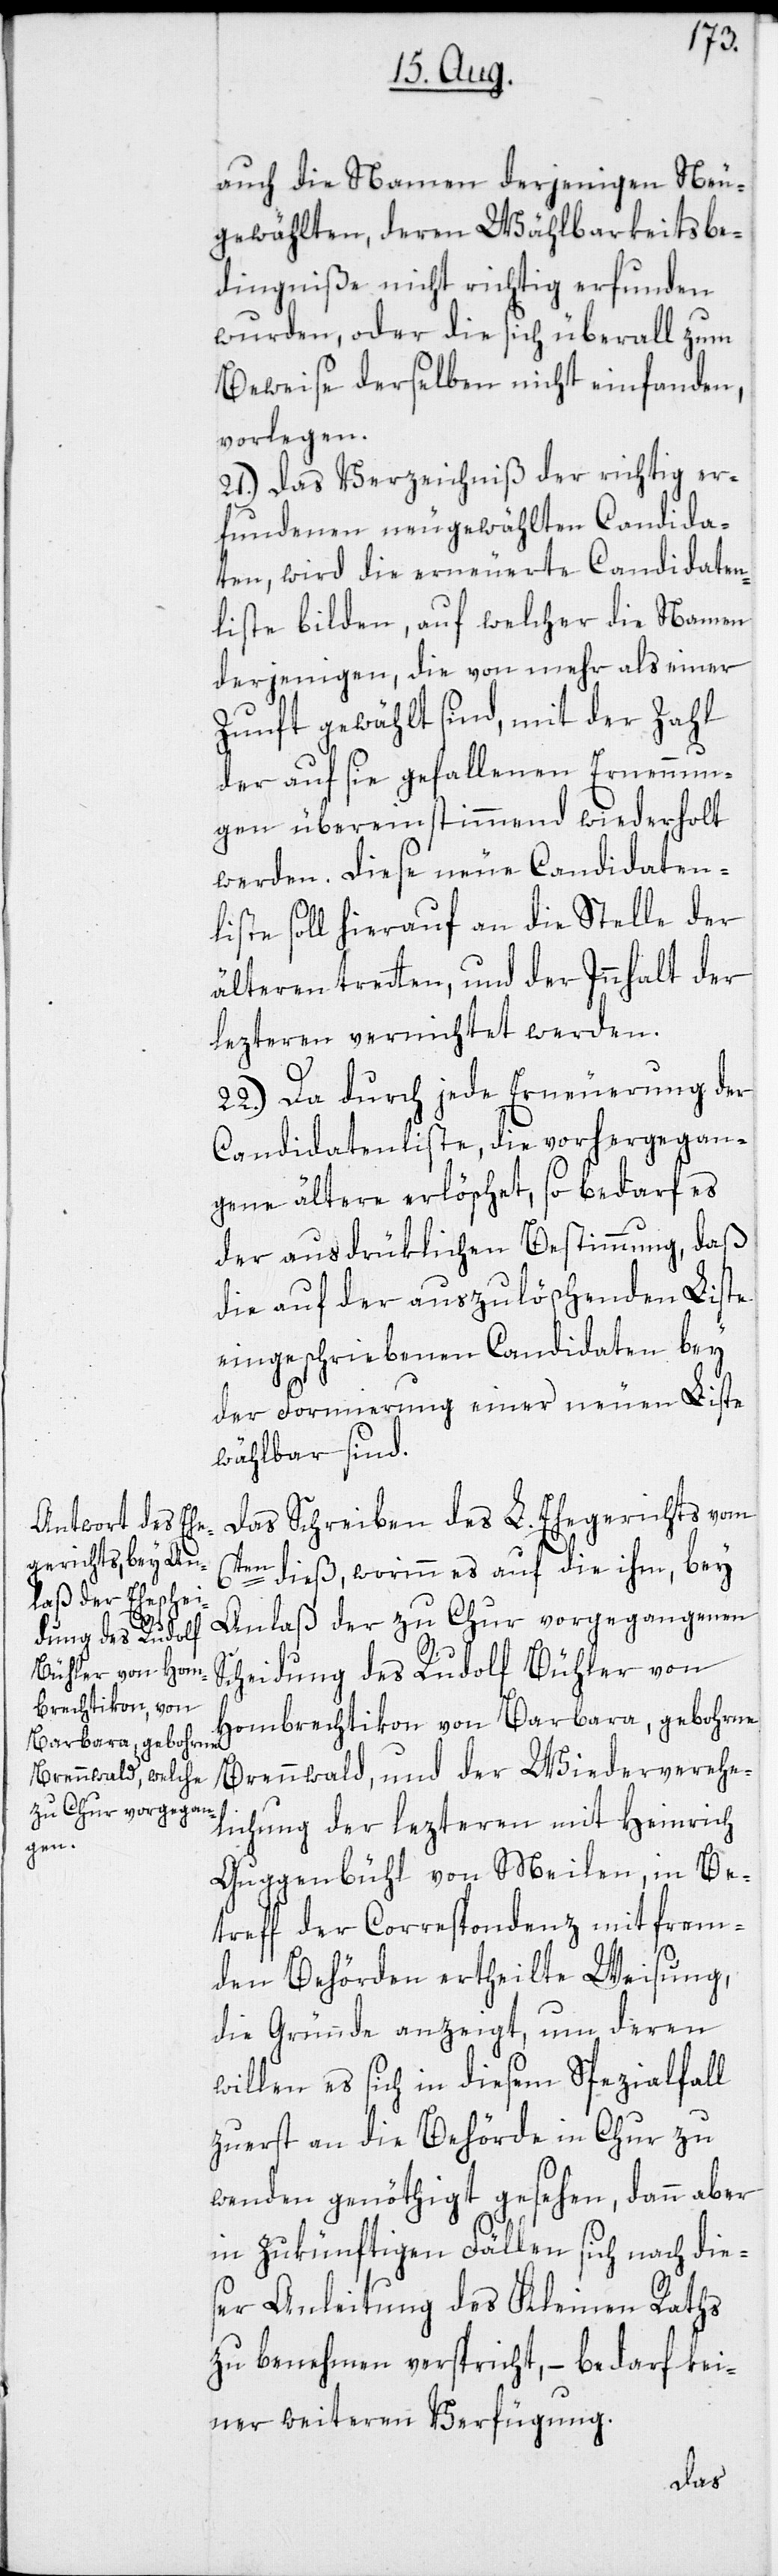
auch die Namen derjenigen Neu¬
gewählten, deren Wählbarkeitsbe¬
dingniße nicht richtig erfunden
wurden, oder die sich überall zum
Beweise derselben nicht einfanden,
vorlegen.
21.) Das Verzeichniß der richtig er¬
fundenen neugewählten Candida¬
ten, wird die erneuerte Candidaten¬
liste bilden, auf welcher die Namen
derjenigen, die von mehr als einer
Zunft gewählt sind, mit der Zahl
der auf sie gefallenen Ernennun¬
gen übereinstimmend wiederholt
werden. Diese neue Candidaten¬
liste soll hierauf an die Stelle der
älteren tretten, und der Innhalt der
lezteren vernichtet werden.
22.) Da durch jede Erneuerung der
Candidatenliste, die vorhergegan¬
gene ältere erlöschet, so bedarf es
der ausdrüklichen Bestimmung, daß
die auf der auszulöschenden Liste
eingeschriebenen Candidaten bey
der Formierung einer neuen Liste
wählbar sind.
Das Schreiben des L. Ehegerichts vom
6ten dieß, worinn es auf die ihm, bey
Anlaß der zu Chur vorgegangenen
Scheidung des Rudolf Bühler von
Hombrechtikon von Barbara, gebohrne
Brennwald, und der Wiederverehe¬
lichung der lezteren mit Heinrich
Guggenbühl von Meilen, in Be¬
treff der Correspondenz mit frem¬
den Behörden ertheilte Weisung,
die Gründe anzeigt, um deren
willen es sich in diesem Spezialfall
zuerst an die Behörde in Chur zu
wenden genöthigt gesehen, dann aber
in zukünftigen Fällen sich nach die¬
ser Anleitung des Kleinen Raths
zu benehmen verspricht, – bedarf kei¬
ner weiteren Verfügung.